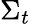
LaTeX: \Sigma_{t}